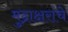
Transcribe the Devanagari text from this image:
मुद्राक्षरांचे